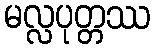
မလ္လပုတ္တဿ